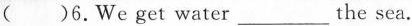
( )6.We get water___the sea.